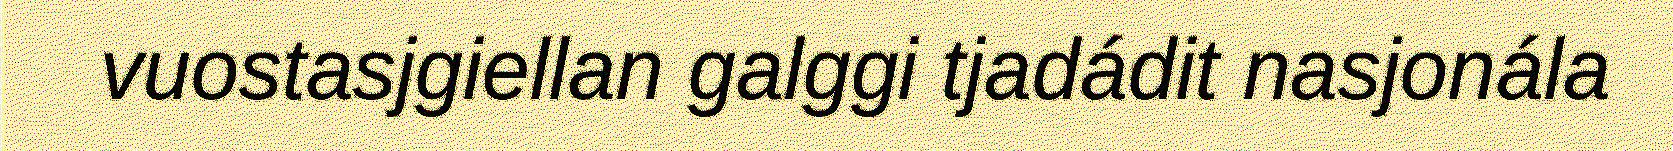
vuostasjgiellan galggi tjadádit nasjonála